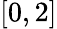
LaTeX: [0,2]